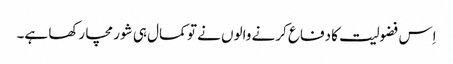
اِس فضولیت کا دفاع کرنے والوں نے تو کمال ہی شور مچا رکھا ہے۔